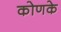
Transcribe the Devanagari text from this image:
कोणके